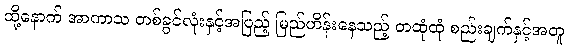
ထို့နောက် အာကာသ တစ်ခွင်လုံးနှင့်အပြည့် မြည်ဟိန်းနေသည့် တထုံထုံ စည်းချက်နှင့်အတူ